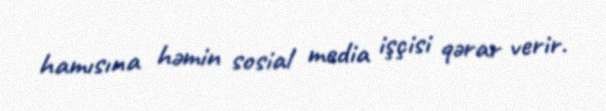
hamısına həmin sosial media işçisi qərar verir.